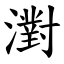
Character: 濧